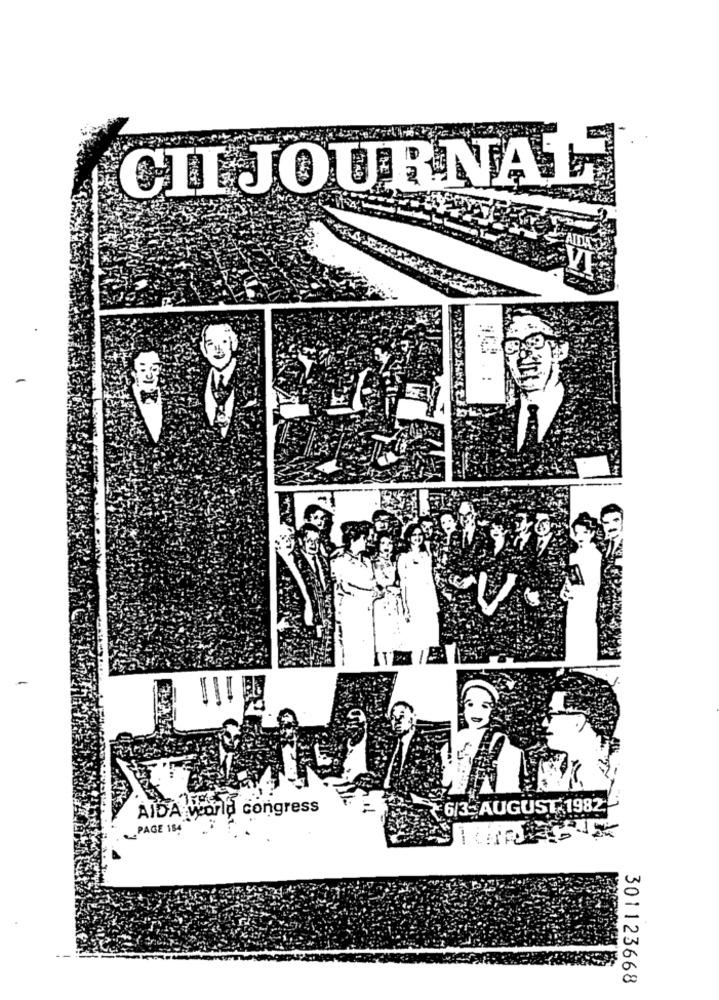
CILJOURNAL
VI
..
PáLLLL
world congress
6/3-AUGUST 1982:
PAGE 184
301123668